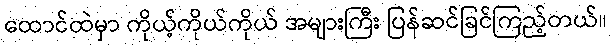
ထောင်ထဲမှာ ကိုယ့်ကိုယ်ကိုယ် အများကြီး ပြန်ဆင်ခြင်ကြည့်တယ်။